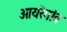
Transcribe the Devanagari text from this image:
आयरेगांव